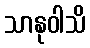
သာနုဝါသိ